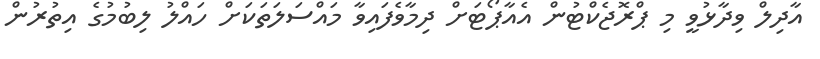
އާދިލް ވިދާޅުވީ މި ޕްރޮޖެކްޓުން އެއާޕޯޓަށް ދިމާވެފައިވާ މައްސަލަތަކަށް ހައްލު ލިބުމުގެ އިތުރުން